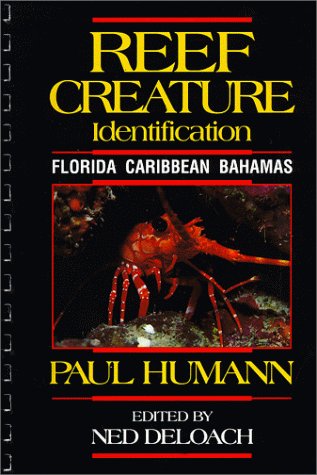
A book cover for Reef Creature Identification: Florida Caribbean Bahamas; Paul Humann; Sports & Outdoors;